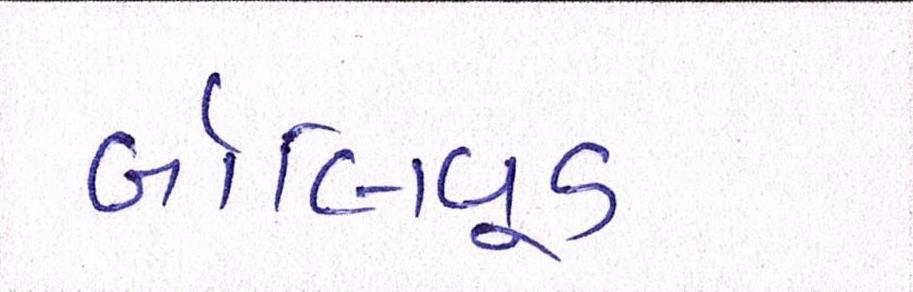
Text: બૉલીવૂડ